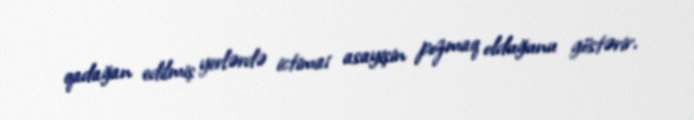
qadağan edilmiş yerlərdə ictimai asayişin pozmaq olduğunu göstərir.